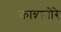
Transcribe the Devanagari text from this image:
कान्नानोरे